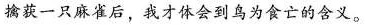
擒获一只麻雀后，我才体会到鸟为食亡的含义。